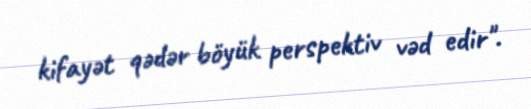
kifayət qədər böyük perspektiv vəd edir".